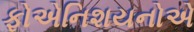
ફોએનિશયનોએ